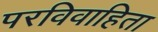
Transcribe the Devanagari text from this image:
परविवाहिता